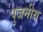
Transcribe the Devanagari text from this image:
पुजनीय